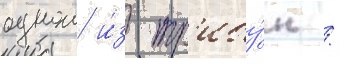
однои и́з тр'ибу́н /